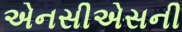
એનસીએસની